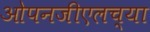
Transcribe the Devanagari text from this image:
ओपनजीएलच्या